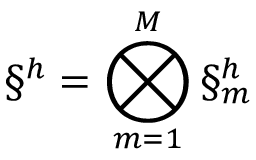
\S ^ { h } = \bigotimes _ { m = 1 } ^ { M } \S _ { m } ^ { h }